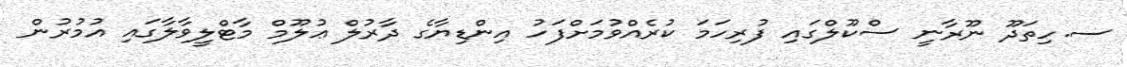
ސ.ހިތަދޫ ނޫރާނީ ސްކޫލްގައި ފުރިހަމަ ކުރެއްވުމަށްފަހު އިންޑިޔާގެ ދާރުލް ޢުލޫމް މާޓްލީވާލާގައި އުމުރުން